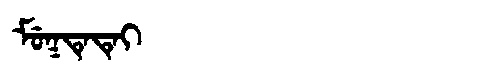
Manchu: ᠮᡠᡴᡨᡝᡨᡝᡳ
Romanization: MUKTETEI